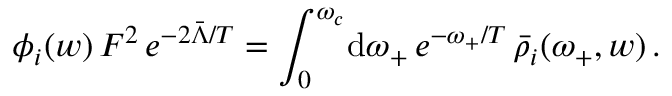
\phi _ { i } ( w ) \, F ^ { 2 } \, e ^ { - 2 \bar { \Lambda } / T } = \int _ { 0 } ^ { \omega _ { c } } \! \mathrm { d } \omega _ { + } \, e ^ { - \omega _ { + } / T } \, \bar { \rho } _ { i } ( \omega _ { + } , w ) \, .